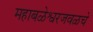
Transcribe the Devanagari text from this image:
महाबळेश्वरजवळचे